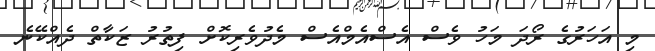
މި އަހަރުގެ ރޯދަ މަހު ވެސް އެސްއެމްއެސް މެދުވެރިކޮށް ފިތުރު ޒަކާތް ދެއްކޭނެ